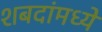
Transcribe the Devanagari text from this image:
शबदांमध्ये